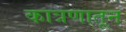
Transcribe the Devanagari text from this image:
कात्रणातून